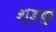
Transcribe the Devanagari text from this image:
श्ंडकु